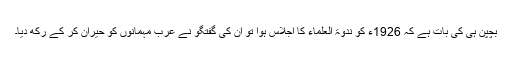
بچپن ہی کی بات ہے کہ 1926ء کو ندوۃ العلماء کا اجلاس ہوا تو ان کی گفتگو نے عرب مہمانوں کو حیران کر کے رکھ دیا۔